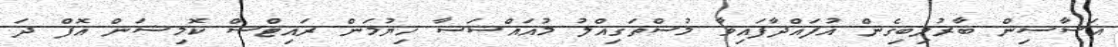
އަސާސިން ބާރުލިބިގެން އުފައްދާފައިވާ މުސްތަޤިއްލު މުއައްސަސާ ހިޔުމަން ރައިޓްސް ކޮމިޝަން އޮފް ދަ